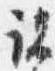
諸